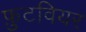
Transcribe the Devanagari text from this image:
फ़ुटवियर